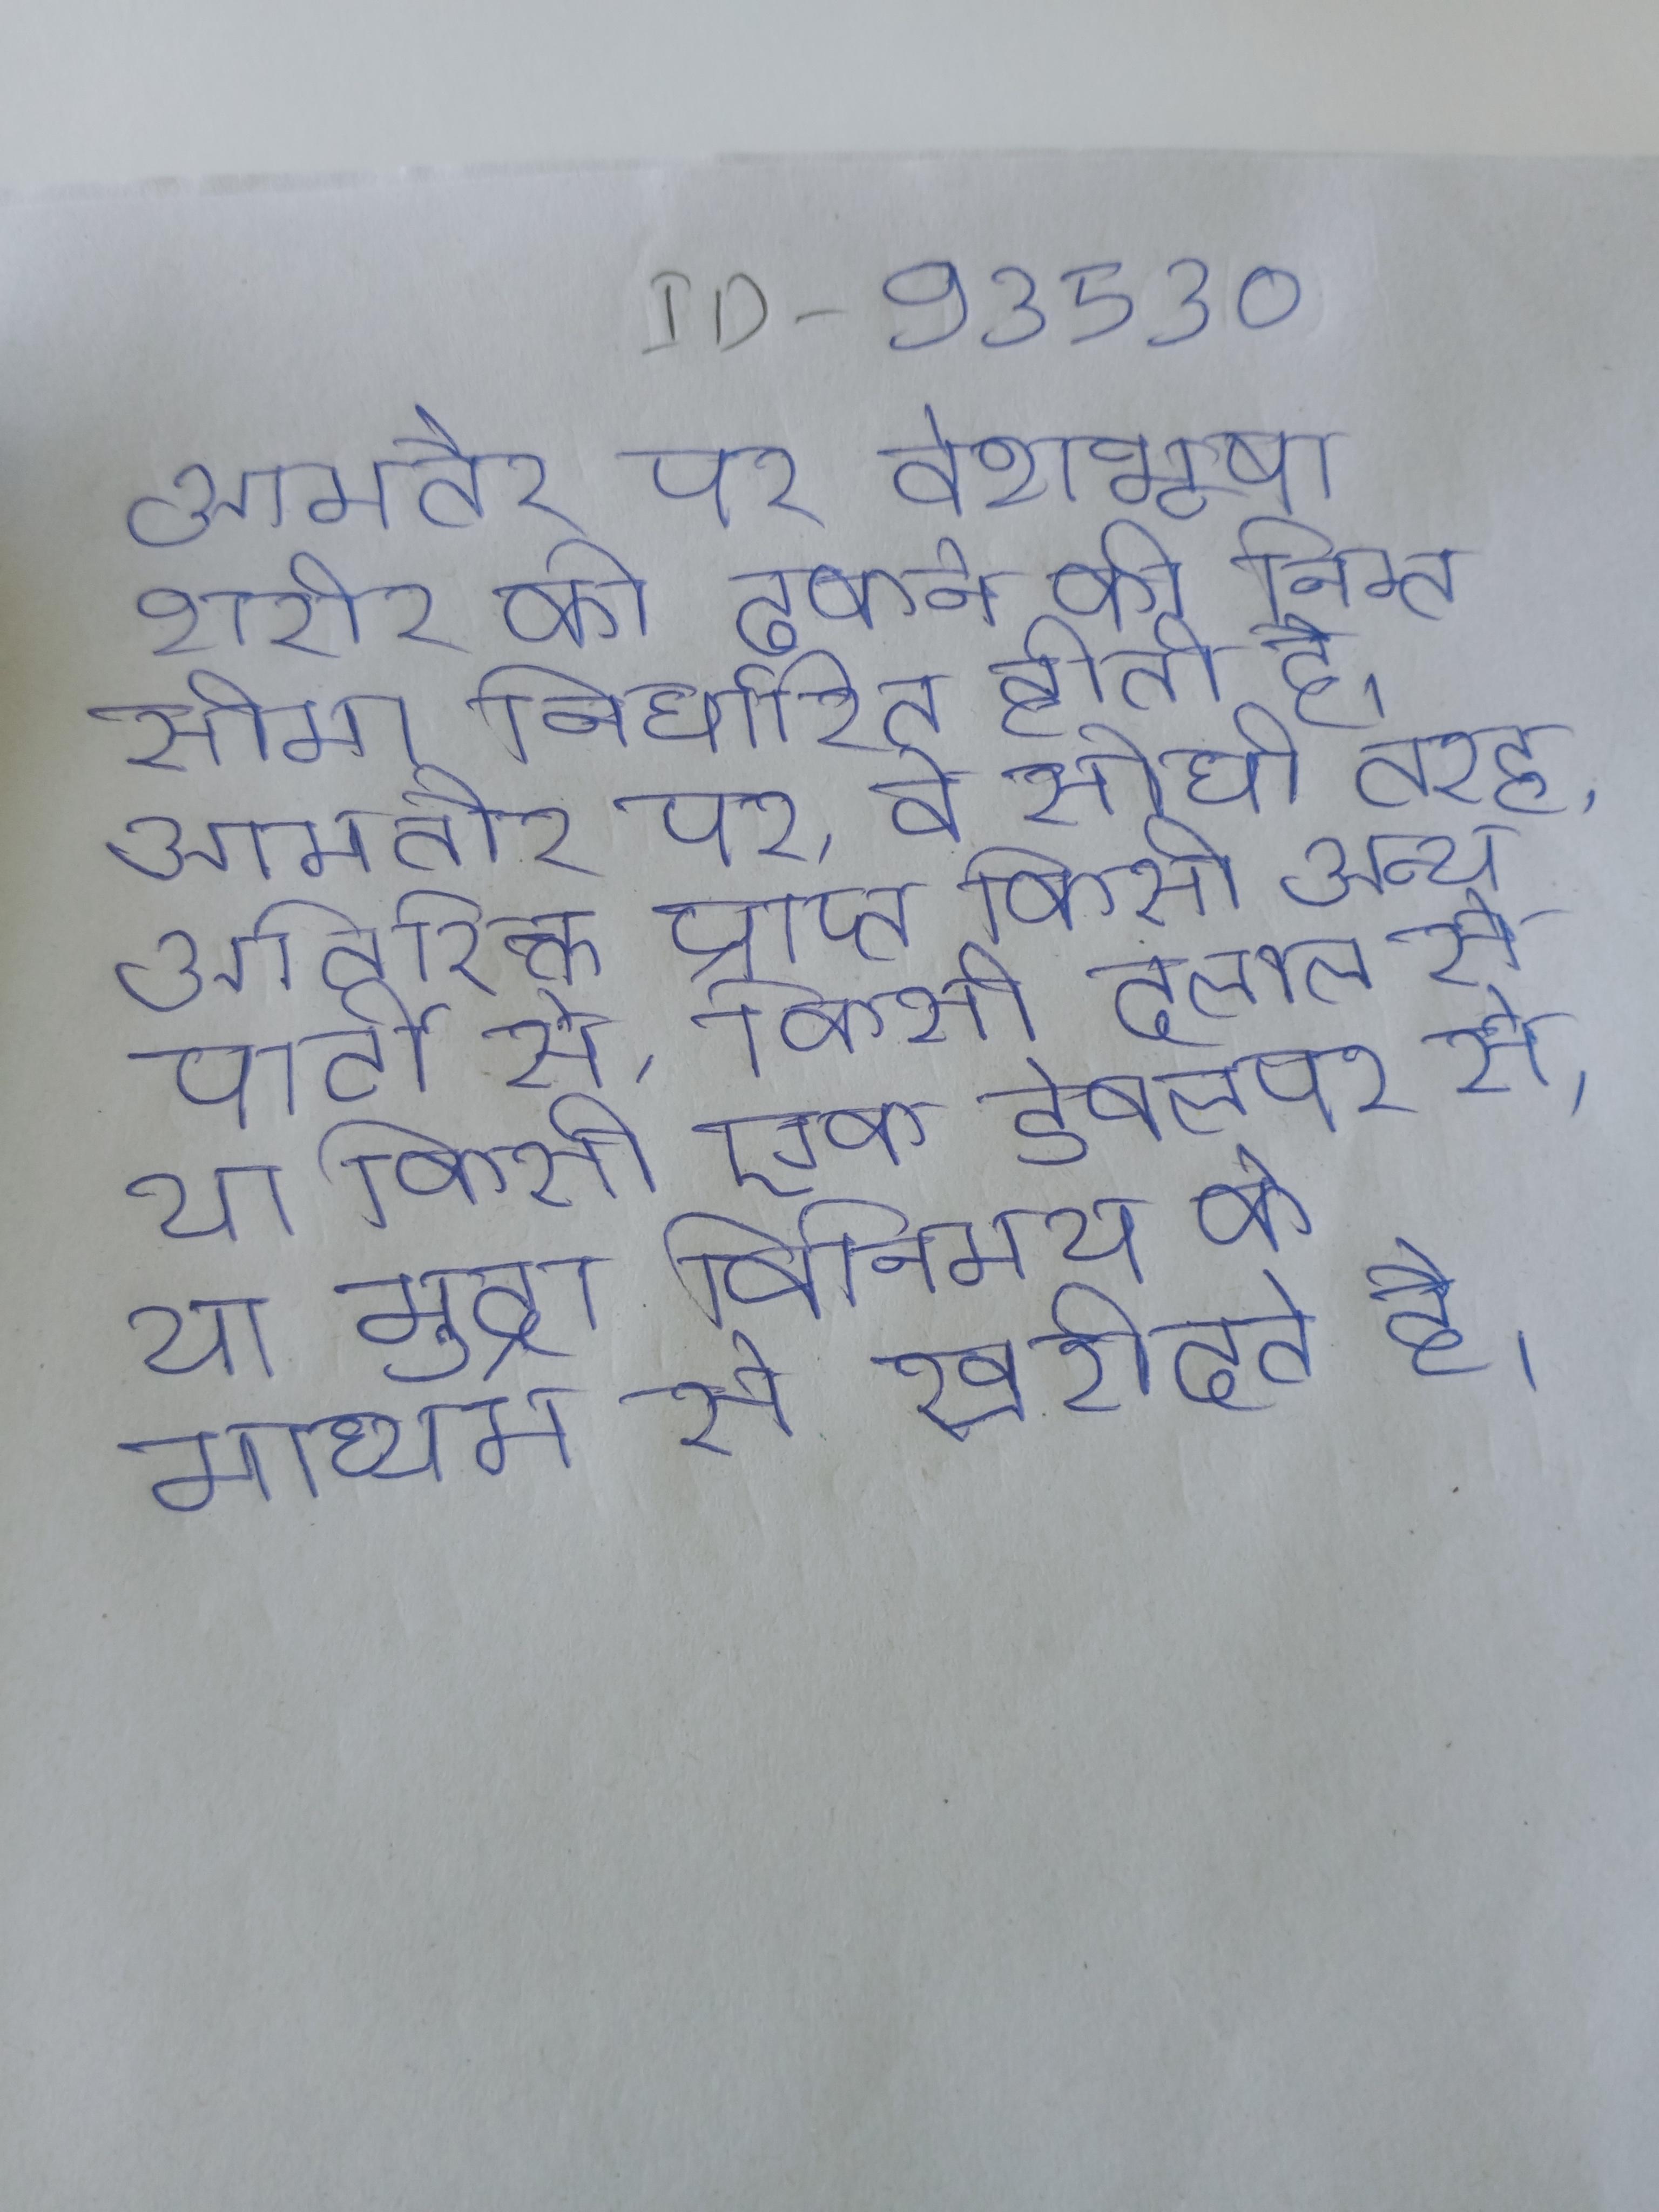
आमतौर पर वेशभूषा शरीर को ढकने की निम्न सीमा निर्धारित होती है । आमतौर पर, वे सीधी तरह, अतिरिक्त प्राप्त किसी अन्य पार्टी से, किसी दलाल से या किसी एक डेवलपर से, या मुद्रा विनिमय के माध्यम से खरीदते है ।